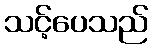
သင့်ပေသည်